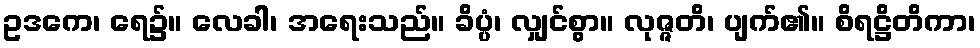
ဥဒကေ၊ ရေ၌။ လေခါ၊ အရေးသည်။ ခိပ္ပံ၊ လျှင်စွာ။ လုဇ္ဇတိ၊ ပျက်၏။ စိရဋ္ဌိတိကာ၊